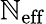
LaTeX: {\mathbb{N}_{\mathrm{{eff}}}}